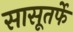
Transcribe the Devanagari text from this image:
सासूतर्फे